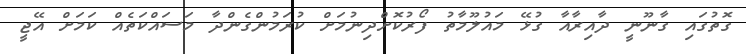
ގޮތުގައި ގާނޫނީ ދާއިރާއާ ގުޅޭ މައުލޫމާތު ފޯރުކޮށްދިނުމަށް ކުރަމުންގެންދާ މަސައްކަތެއް ކަމަށް އޭޖީ